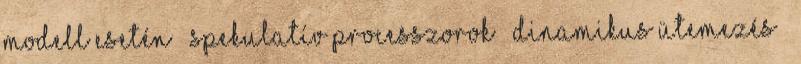
modell esetén – Spekulatív processzorok – dinamikus ütemezés ●